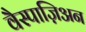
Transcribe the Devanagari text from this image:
वैस्पाज़िअन